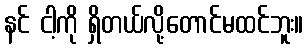
နင် ငါ့ကို ရှိတယ်လို့တောင်မထင်ဘူး။